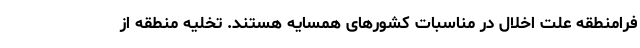
فرامنطقه علت اخلال در مناسبات کشورهای همسایه هستند. تخلیه منطقه از